Report on lock hospitals in British Burma
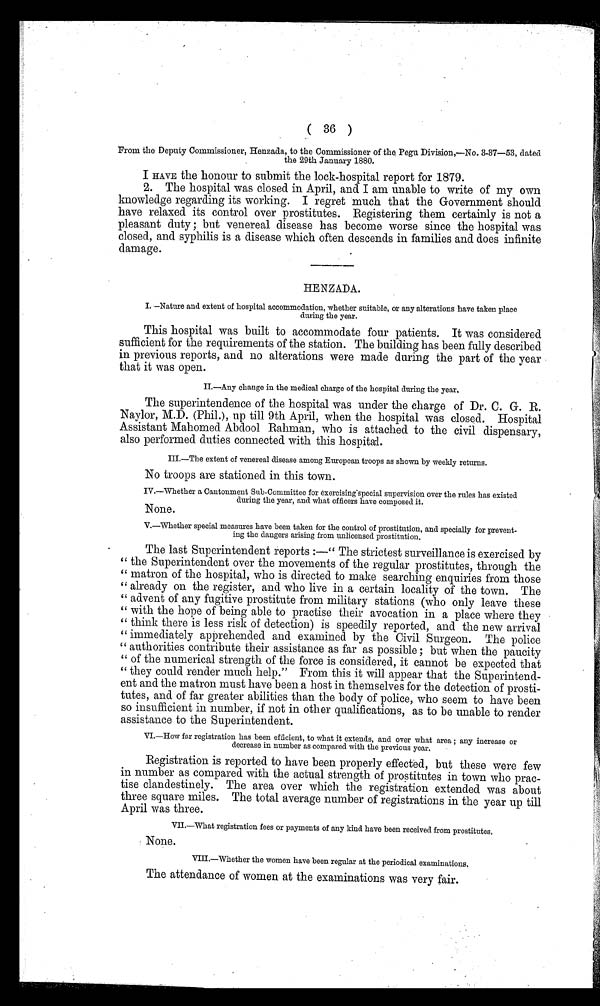
( 36 )
From the Deputy Commissioner, Henzada, to the Commissioner of the , Pegu Division,—No. 3-37-53, dated
the 29th January 1880.
I HAVE the honour to submit the lock-hospital report for 1879.
2. The hospital was closed in April, and I am unable to write of my own
knowledge regarding its working. I regret much that the Government should
have relaxed its control over prostitutes. Registering them certainly is not a
pleasant duty ; but venereal disease has become worse since the hospital was
closed, and syphilis is a disease which often descends in families and does infinite
damage.
HENZADA.
I.—Nature and extent of hospital accommodation, whether suitable, or any alterations have taken place
during the year.
This hospital was built to accommodate four patients. It was considere
sufficient for the requirements of the station. The building has been fully describe
in previous reports, and no alterations were made during the part of the yes
that it was open.
II.—Any change in the medical charge of the hospital during the year,
The superintendence of the hospital was under the charge of Dr. C. G. R.
Naylor, M.D. (Phil.), up till 9th April, when the hospital was closed. Hospital
Assistant Mahomed Abdool Rahman, who is attached to the civil dispensary,
also performed duties connected with this hospital.
III.—The extent of venereal disease among European troops as shown by weekly returns.
No troops are stationed in this town.
IV.—Whether a Cantonment Sub-Committee for exercising special supervision over the rules has existed
during the year. and what officers have composed it.
None.
V.—Whether special measures have been taken for the control of prostitution, and specially for prevent-
ing the dangers arising from unlicensed prostitution.
The last Superintendent reports :—" The strictest surveillance is exercised by
" the Superintendent over the movements of the regular prostitutes, through the
" matron of the hospital, who is directed to make searching enquiries from those
" already on the register, and who live in a certain locality of the town. The
advent of any fugitive prostitute from military stations (who only leave these
" with the hope of being able to practise their avocation in a place where they
" think there is less risk of detection) is speedily reported, and the new arrival
" immediately apprehended and examined by the Civil Surgeon. The police
authorities contribute their assistance as far as possible ; but when the paucity
of the numerical strength of the force is considered, it cannot be expected that
" they could render much help." From this it will appear that the Superintend-
ent and the matron must have been a host in themselves for the detection of prosti-
tutes, and of far greater abilities than the body of police, who seem to have been
so insufficient in number, if not in other qualifications, as to be unable to render
assistance to the Superintendent.
VI.—How far registration has been efficient, to what it extends, and over what area ; any increase or
decrease in number as compared with the previous year.
Registration is reported to have been properly effected, but these were few
in number as compared with the actual strength of prostitutes in town who prac-
tise clandestinely. The area over which the registration extended was about
three square miles. The total average number of registrations in the year up till
April was three.
VII.—what registration fees or payments of any kind have been received from prostitutes,
None.
VIII.—whether the women have been regular at the periodical examinations,
The attendance of women at the examinations was very fair.